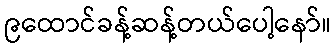
၉ထောင်ခန့်ဆန့်တယ်ပေါ့နော်။